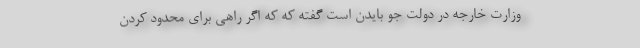
وزارت خارجه در دولت جو بایدن است گفته که که اگر راهی برای محدود کردن